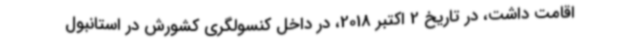
اقامت داشت، در تاریخ 2 اکتبر 2018، در داخل کنسولگری کشورش در استانبول